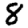
Digit: 8